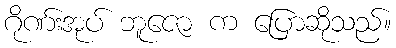
ဂိုဏ်းအုပ် ဘူဇော က ပြောဆိုသည်။